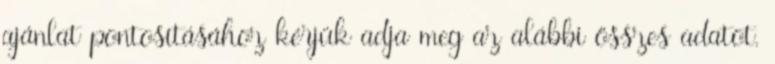
ajánlat pontosításához kérjük adja meg az alábbi összes adatot.